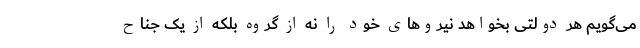
می‌گویم هر دولتی بخواهد نیروهای خود را نه از گروه بلکه از یک جناح